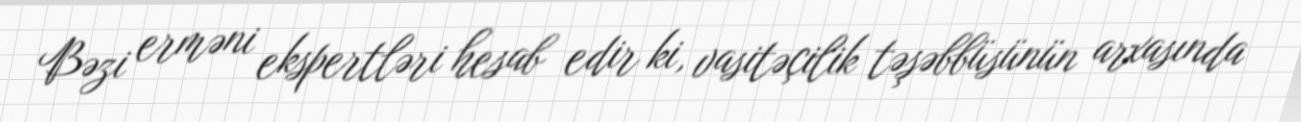
Bəzi erməni ekspertləri hesab edir ki, vasitəçilik təşəbbüsünün arxasında